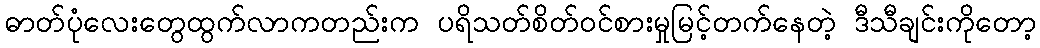
ဓာတ်ပုံလေးတွေထွက်လာကတည်းက ပရိသတ်စိတ်ဝင်စားမှုမြင့်တက်နေတဲ့ ဒီသီချင်းကိုတော့